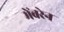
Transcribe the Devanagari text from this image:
मेंबरेन